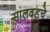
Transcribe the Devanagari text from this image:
सालवडचे